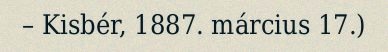
– Kisbér, 1887. március 17.)